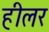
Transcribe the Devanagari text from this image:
हीलर